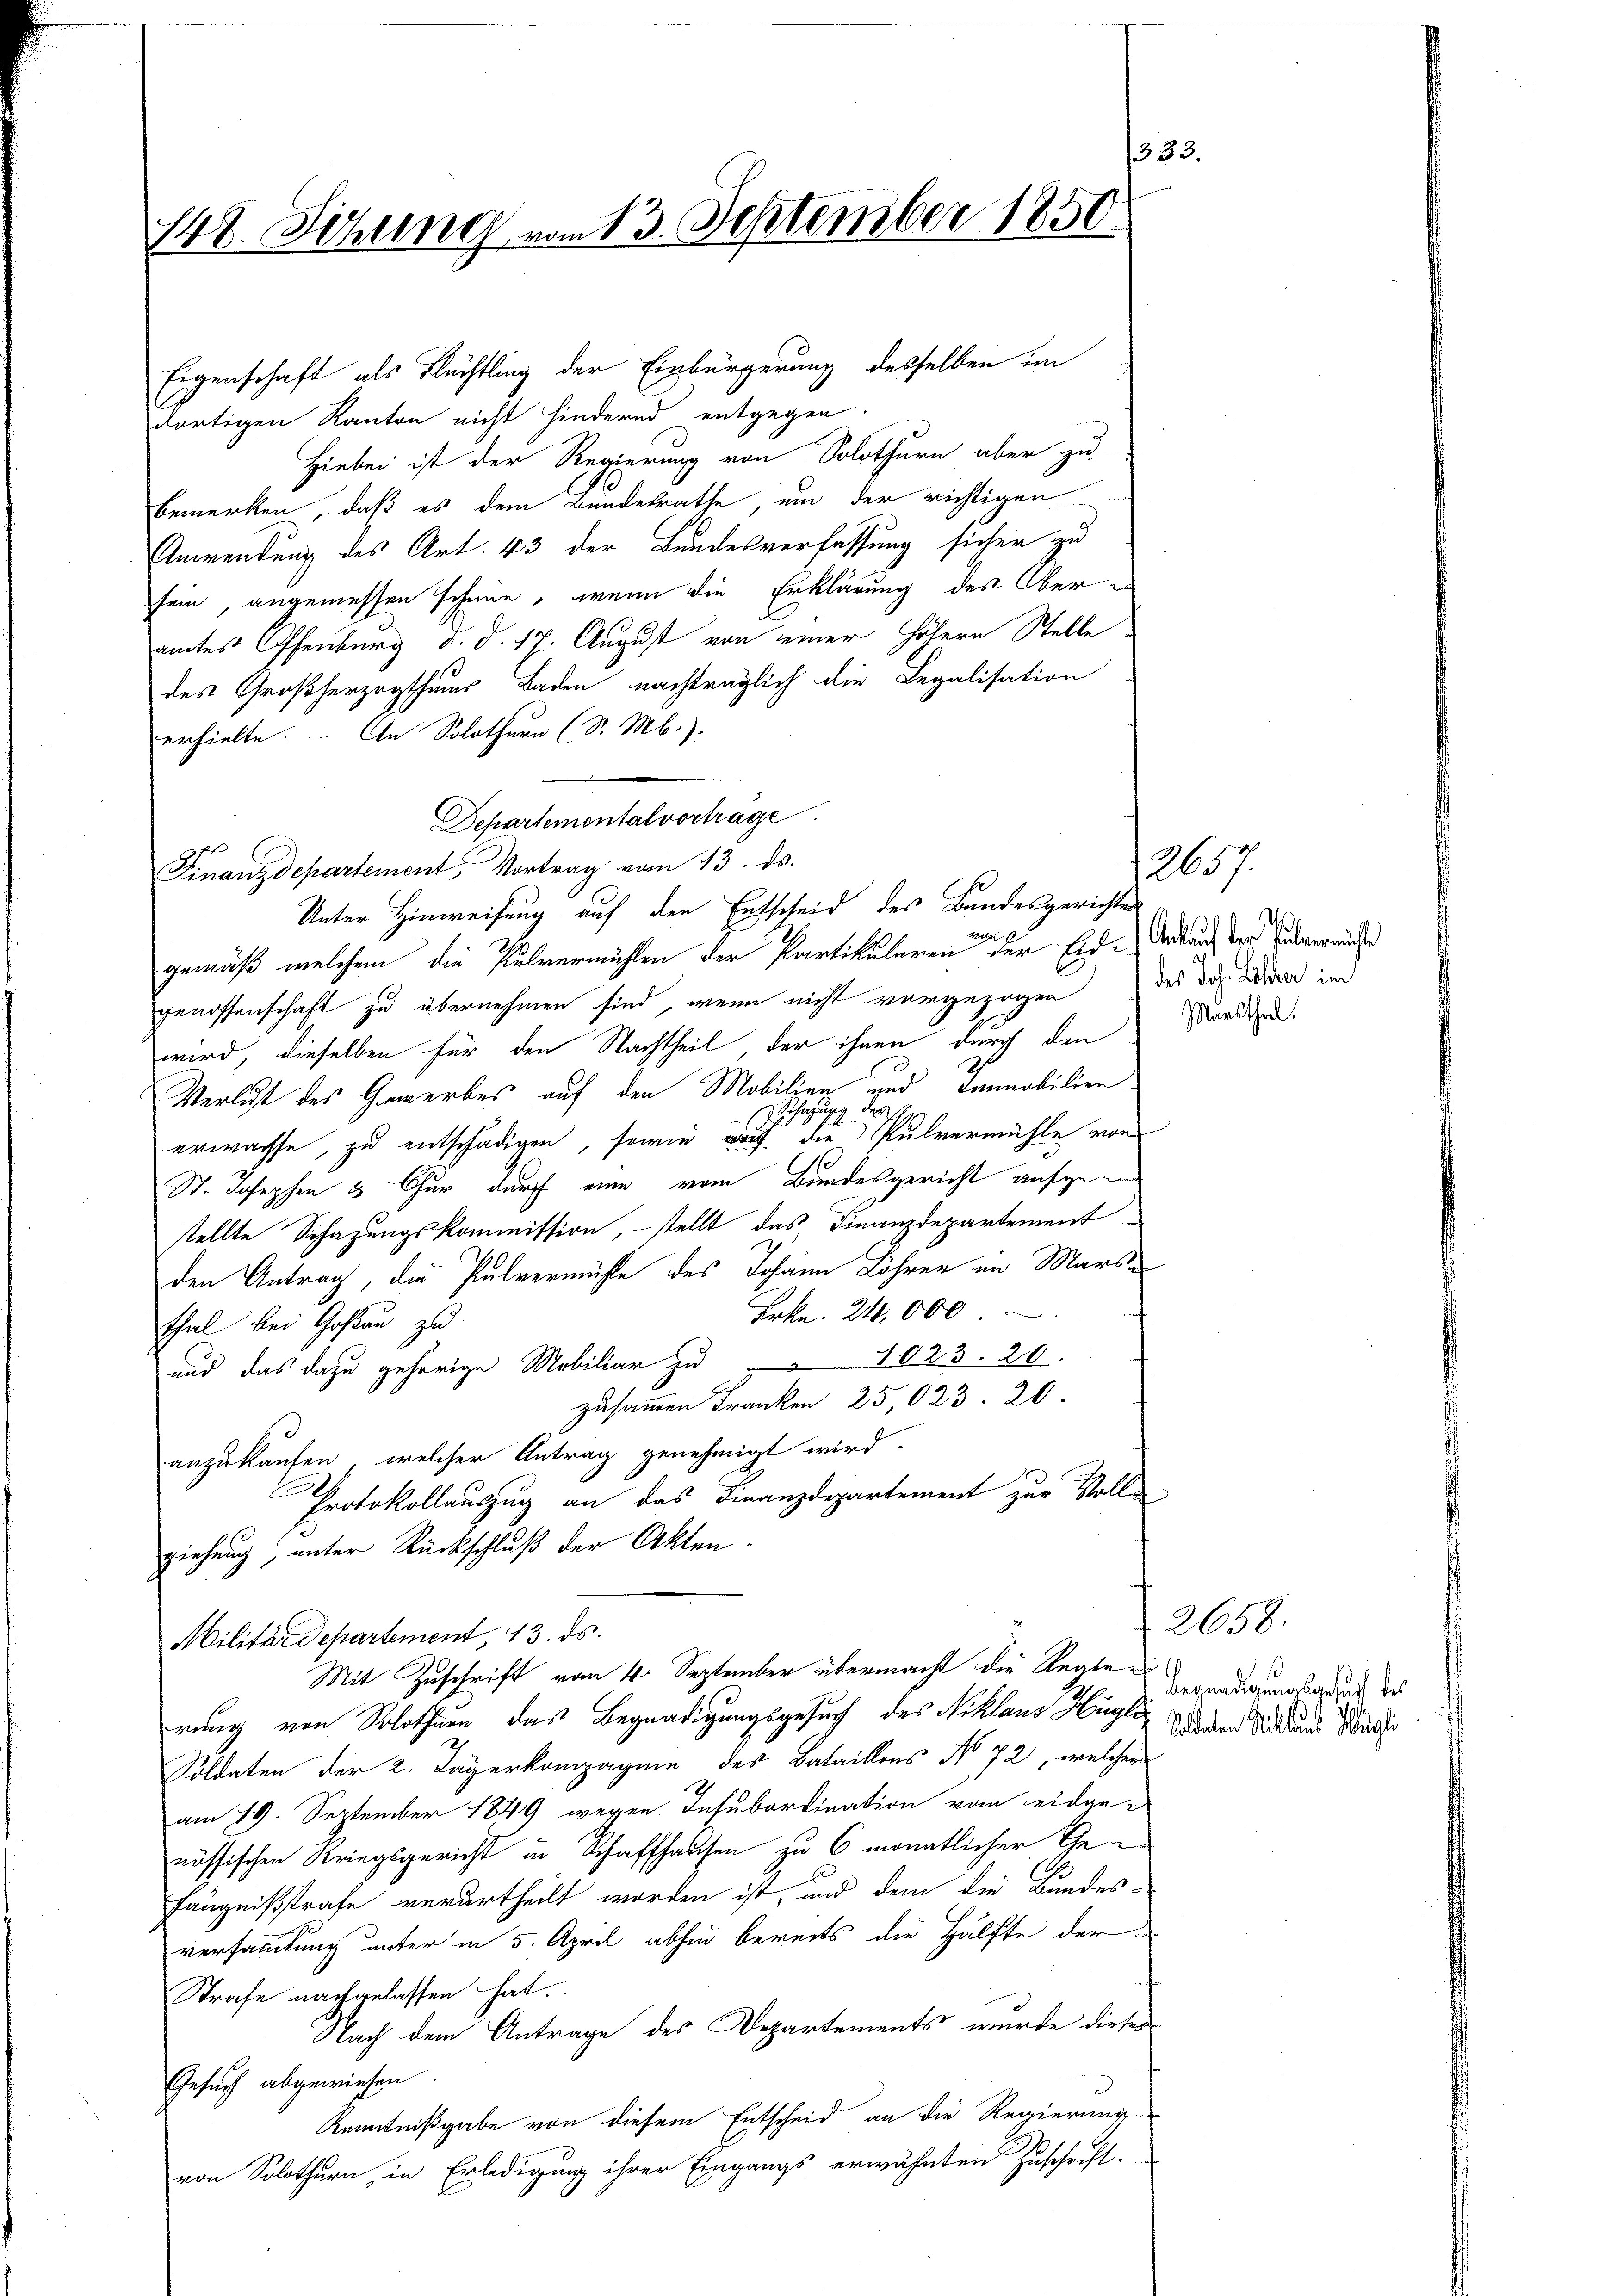
148. Sitzung vom 13. September 1850.

Eigenschaft als Flüchtling der Einbürgerung desselben im
dortigen Kanton nicht hindernd entgegen.
Hiebei ist der Regierung von Solothurn aber zu
bemerken, daß es dem Bundesrathe, um der richtigen
Anwendung des Art. 43 der Bundesverfassung sicher zu
sein, angemessen scheine, wenn die Erklärung des Oberamtes Offenburg d. d. 17. August von einer höhern Stelle
des Großherzogthums Baden nachträglich die Legalisation
erhielte. An Solothurn (S. Mb.),
Departemontal vortrage
Finanzdepartement Vortrag vom 13. ds.
gemäß welchem die Pulvermühlen der Partikularen der Erd-Antanz der Handerrufe
genossenschaft zu übernehmen sind, wenn nicht vorgezogen des das dieser und
wird, dieselben für den Nachtheil der ihnen durch den
Verlust des Gewerbes auf den Mobilien und Immobilier
erwachse, zu entschädigen, sowie er die Pulvermühle von
St. Josephen 3 Chur durch eine vom Bundesgericht aufge
stellte Schazungskommission, – stellt das Finanzdepartement
den Antrag, die Pulvermühle des Johann Löhrer an Mars
Frkn. 210. 000
Thal bei Goßau zu
und das dazu gehörige Mobiliar zu 1023. 20.
zusammen Franken 25,023. 20.
anzukaufen, welcher Antrag genehmigt wird.
.
Protokollauszug an das Finanzdepartement zur Vollziehung, unter Rückschluß der Akten.
Militärdepartement, 13. ds.
Mit Zuschrift vom 4. September übermacht die Reglerung von Solothurn das Begnadigungsgesuch des Niklaus Hugen dem Sind und Weise
Soldaten der 2. Jägerkompagnie des Bataillons No 72, welcher
am 19. September 1849 wegen Insubordination vom eidge-
nössischen Kriegsgericht in Schaffhausen zu 6 monatlicher Gefängnißstrafe verurtheilt worden ist, und dem die Bundes-
versammlung unter in 5. April abhin bereits die Hälfte der
Strafe nachgelassen hat.
Nach dem Antrage des Departements wurde dieses
Gesuch abgewiesen.
Kenntnißgabe von diesem Entscheid an die Regierung
von Solothurn, in Erledigung ihrer Eingangs erwähnten Zuschrift.

Unter Hinweisung auf den Entscheid des Bandesgerichter

3 u

12657.
Maesthal.

2658.
Begnadigungsgesuch des